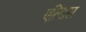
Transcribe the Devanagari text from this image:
एल्डिस